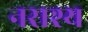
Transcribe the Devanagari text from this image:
नराश्य